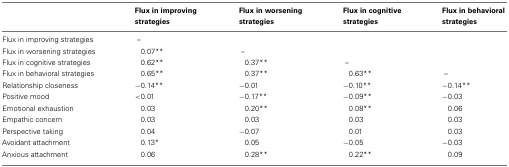
|  | Flux in improving strategies | Flux in worsening strategies | Flux in cognitive strategies | Flux in behavioral strategies |
 | --- | --- | --- | --- | --- |
 | Flux in improving strategies | – |  |  |  |
 | Flux in worsening strategies | 0.07** | – |  |  |
 | Flux in cognitive strategies | 0.62** | 0.37** | – |  |
 | Flux in behavioral strategies | 0.65** | 0.37** | 0.63** | – |
 | Relationship closeness | −0.14** | −0.01 | −0.10** | −0.14** |
 | Positive mood | <0.01 | −0.17** | −0.09** | −0.03 |
 | Emotional exhaustion | 0.03 | 0.20** | 0.08** | 0.06 |
 | Empathic concern | 0.03 | 0.03 | 0.03 | 0.03 |
 | Perspective taking | 0.04 | −0.07 | 0.01 | 0.03 |
 | Avoidant attachment | 0.13* | 0.05 | −0.05 | −0.03 |
 | Anxious attachment | 0.06 | 0.28** | 0.22** | 0.09 |